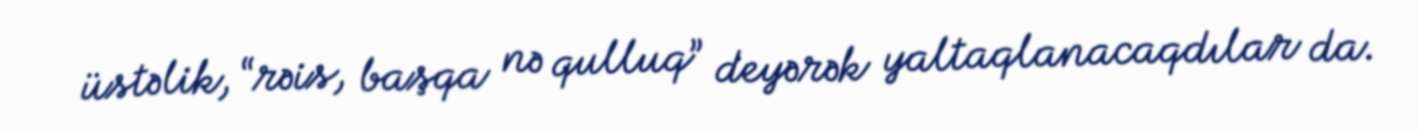
üstəlik, “rəis, başqa nə qulluq” deyərək yaltaqlanacaqdılar da.